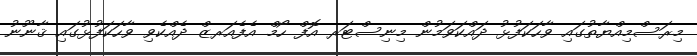
މިރަސްމިއްޔާތުގައި ވާހަކަފުޅު ދައްކަވަމުން މިނިސްޓަރ އޮފް ހޯމް އެފެއަރޒް ދެއްކެވި ވާހަކަފުޅުގައި ޤާނޫނު